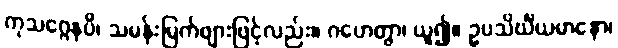
ကုသဂ္ဂေနပိ၊ သမန်းမြက်ဖျားဖြင့်လည်း။ ဂဟေတွာ၊ ယူ၍။ ဥပသိင်္ဃိယမာနော၊